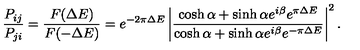
{ \frac { P _ { i j } } { P _ { j i } } } = { \frac { F ( \Delta E ) } { F ( - \Delta E ) } } = e ^ { - 2 \pi \Delta E } \left| { \frac { \cosh \alpha + \sinh \alpha e ^ { i \beta } e ^ { \pi \Delta E } } { \cosh \alpha + \sinh \alpha e ^ { i \beta } e ^ { - \pi \Delta E } } } \right| ^ { 2 } .